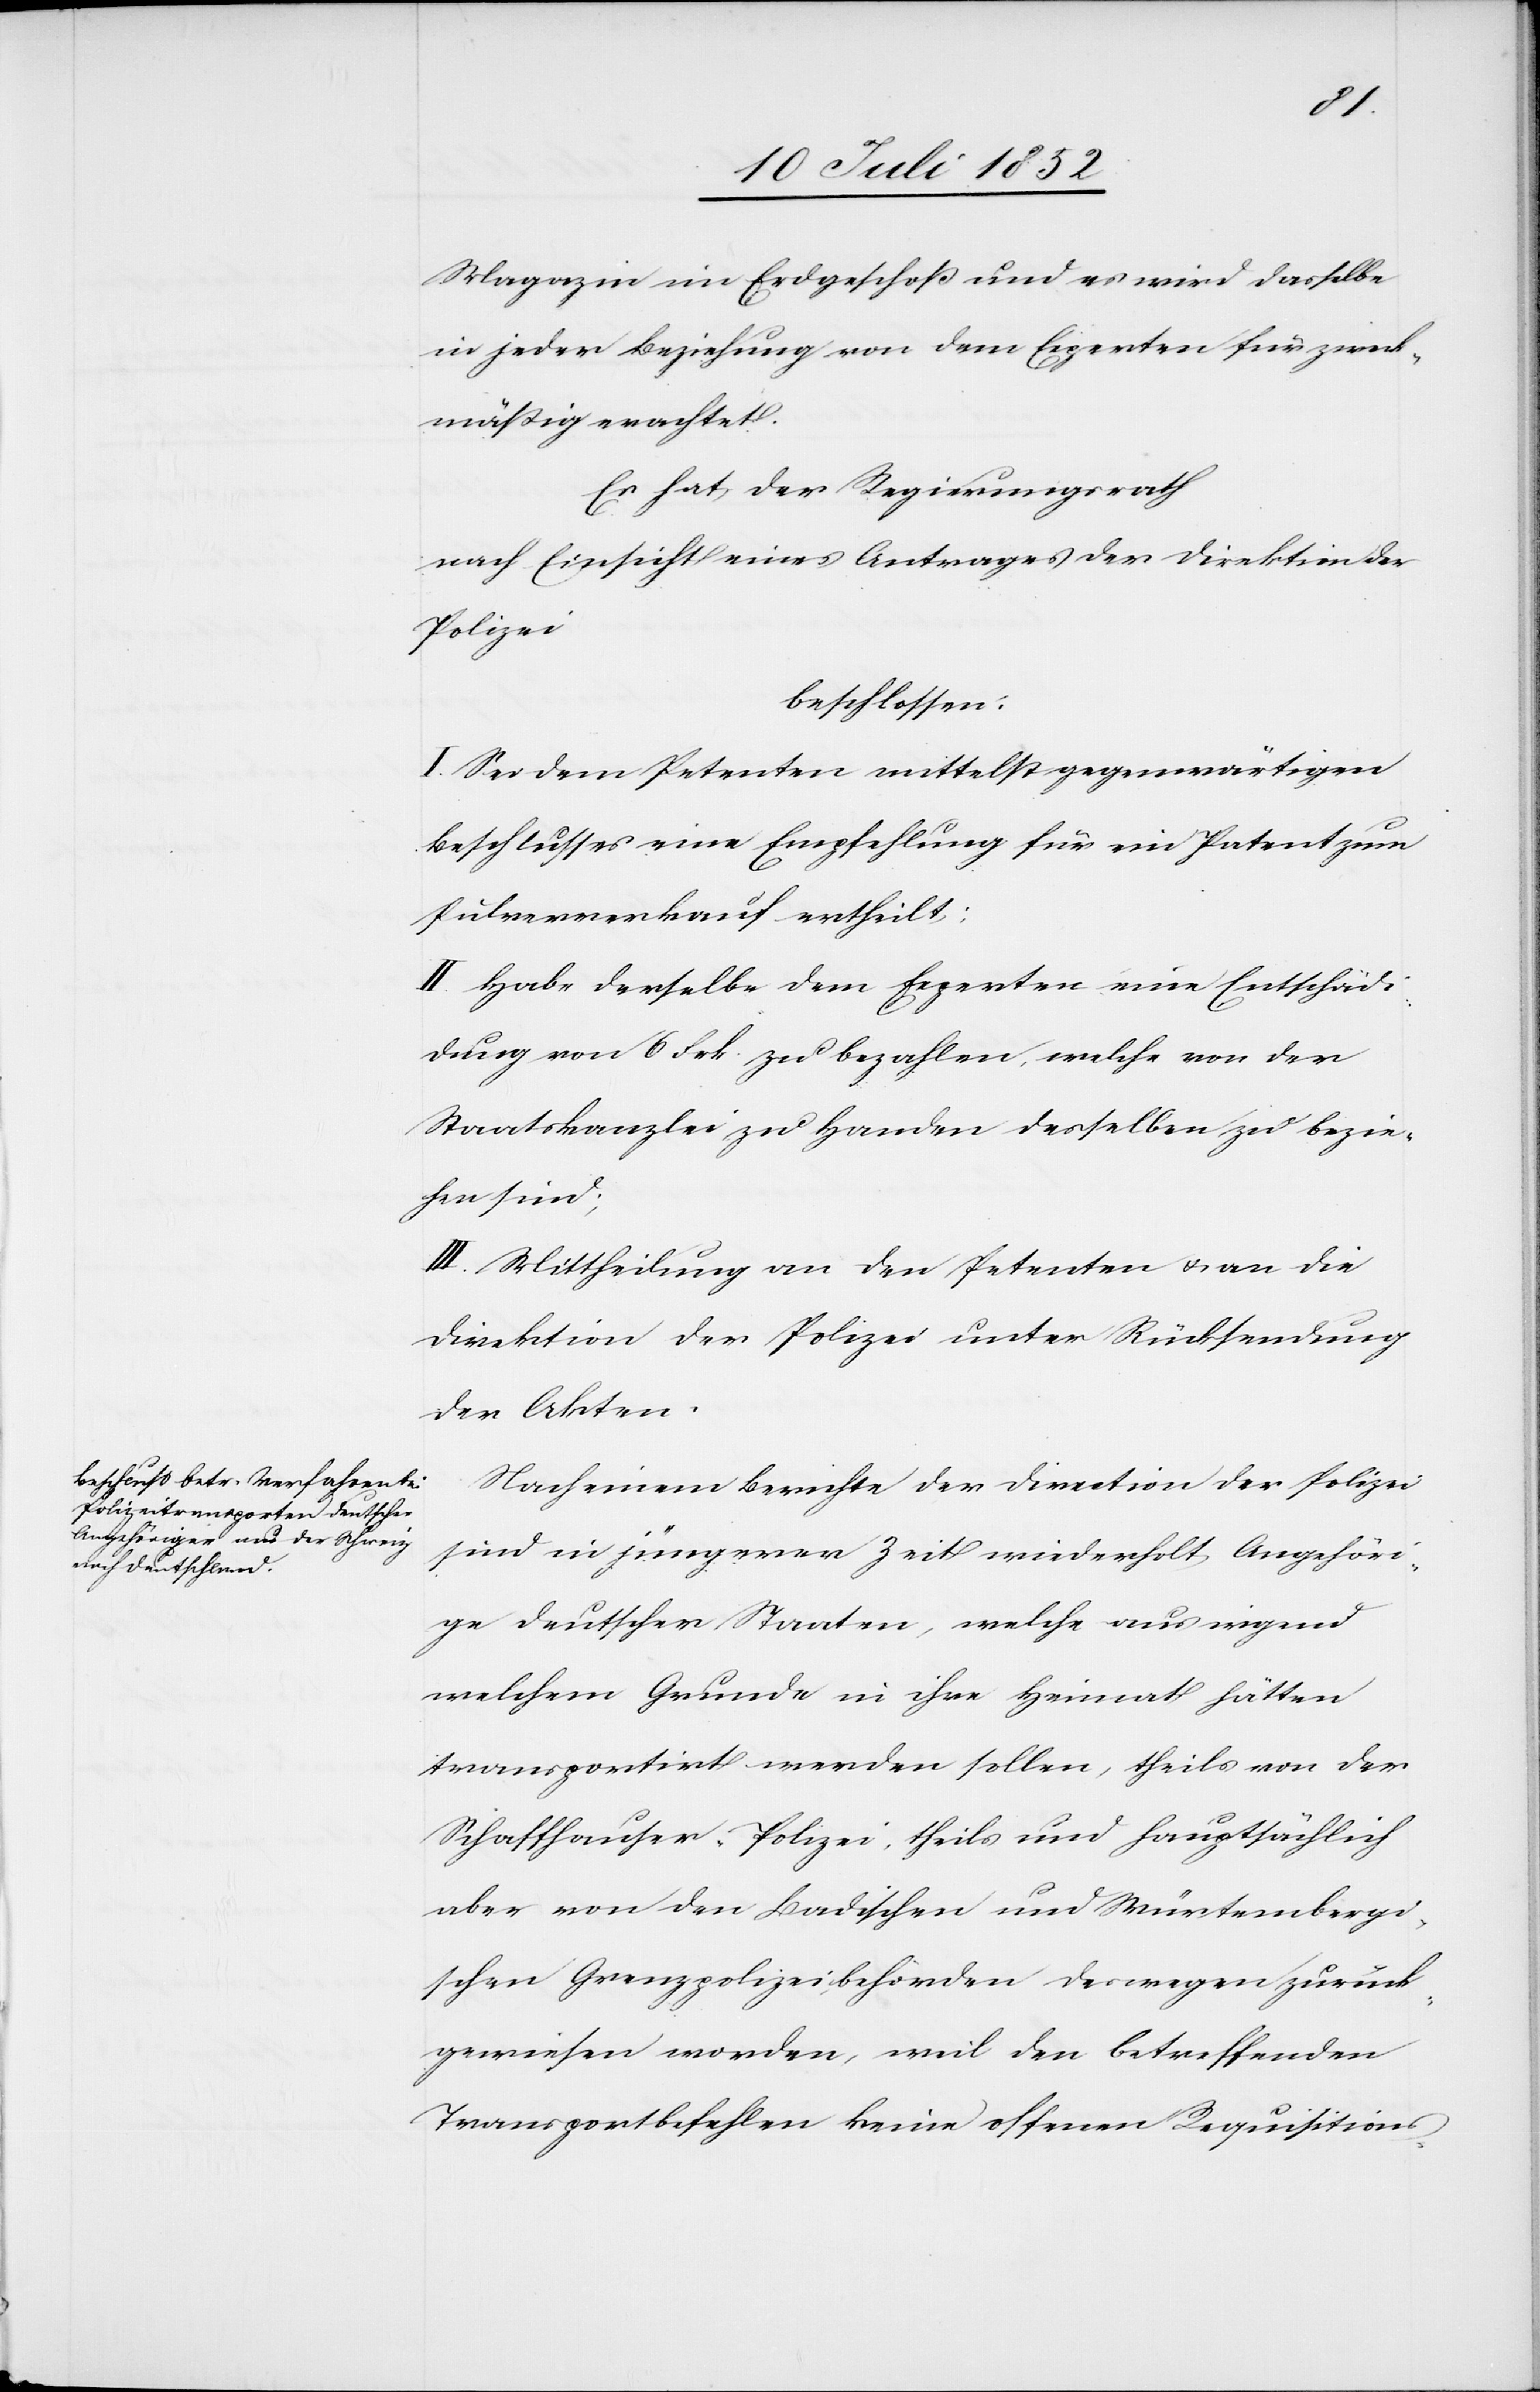
Magazin im Erdgeschoß und es wird dasselbe
in jeder Beziehung von dem Experten für zweck¬
mäßig erachtet.
Es hat der Regierungsrath
nach Einsicht eines Antrages der Direktion der
Polizei
beschlossen:
I. Sei dem Petenten mittelst gegenwärtigen
Beschlusses eine Empfehlung für ein Patent zum
Pulververkauf ertheilt;
II. Habe derselbe dem Experten eine Entschädi¬
gung von 6 Frk. zu bezahlen, welche von der
Staatskanzlei zu Handen desselben zu bezie¬
hen sind;
III. Mittheilung an den Petenten & an die
Direktion der Polizei unter Rücksendung
der Akten.
Nach einem Berichte der Direction der Polizei
sind in jüngerer Zeit wiederholt Angehöri¬
ge deutscher Staaten, welche aus irgend
welchem Grunde in ihre Heimat hätten
transportirt werden sollen, theils von der
Schaffhauser-Polizei, theils und hauptsächlich
aber von den Badischen und Würtembergi¬
schen Grenzpolizeibehörden deswegen zurück¬
gewiesen worden, weil den betreffenden
Transportbefehlen keine offenen Requisitions-